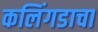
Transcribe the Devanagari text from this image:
कलिंगडाचा